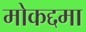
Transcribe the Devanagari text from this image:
मोकद्दमा